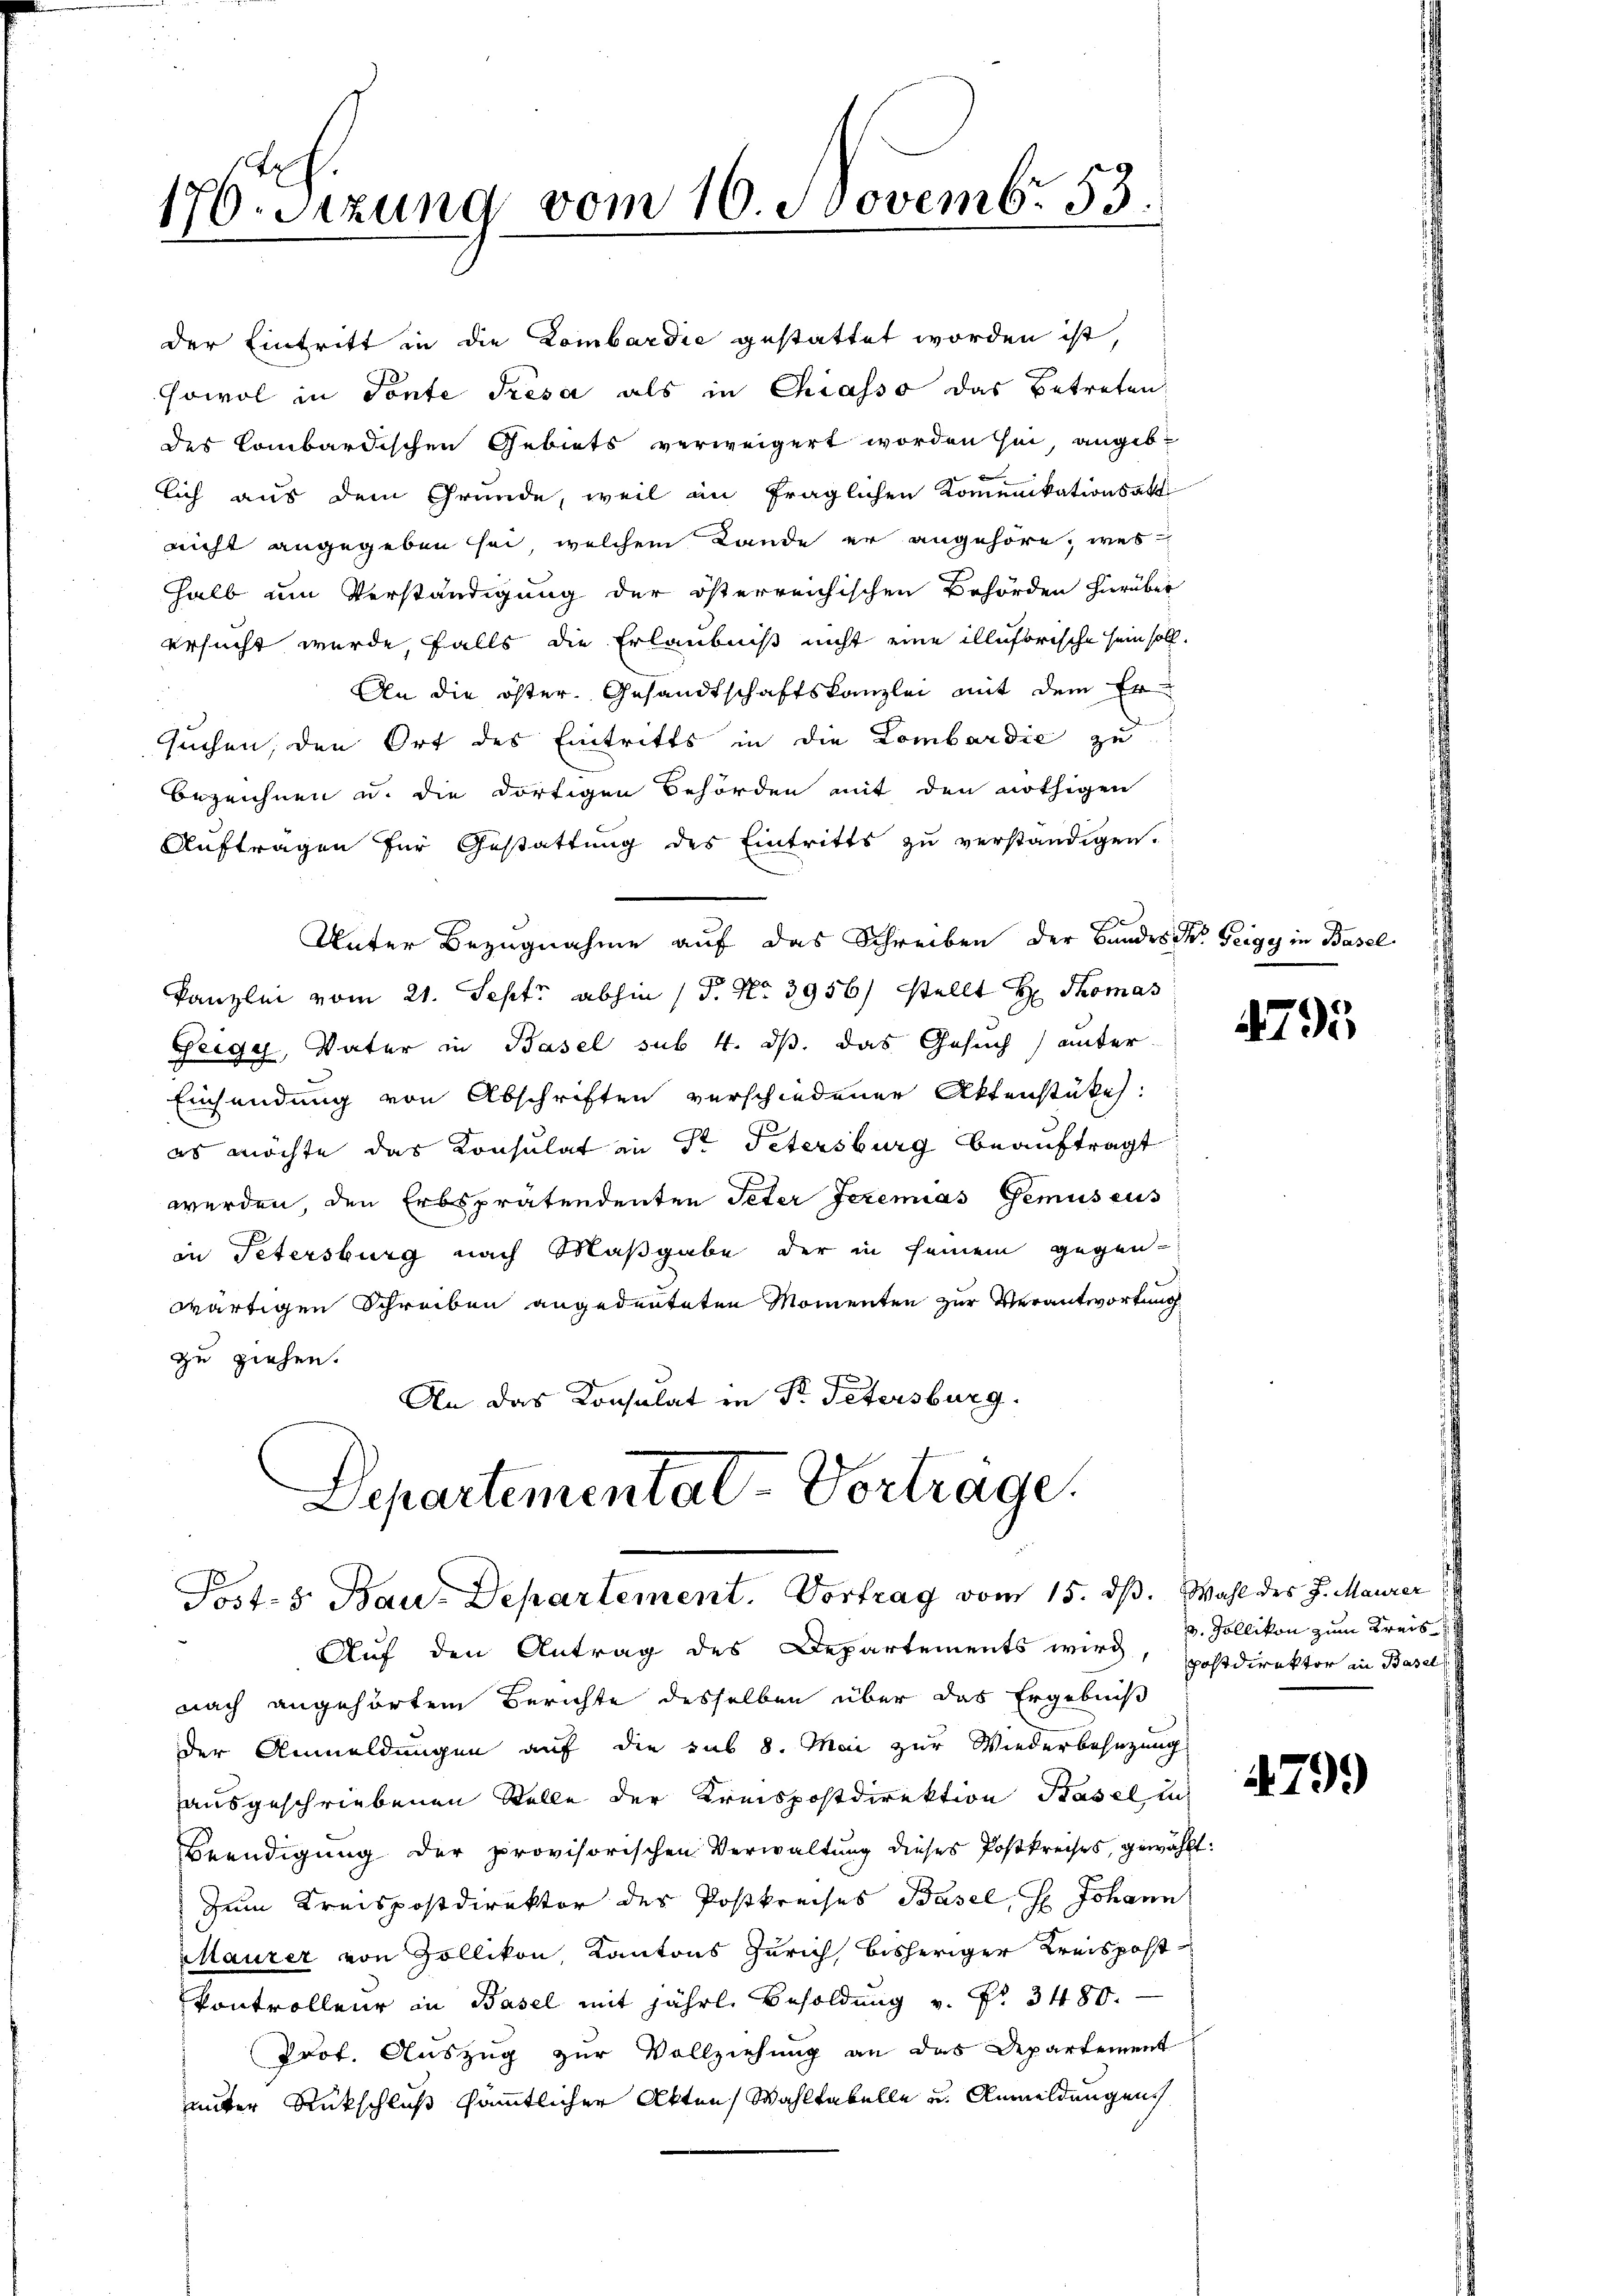
176. Sizung vom 16. Novembr. 53

Departementat-Vortrage.
Post- & Bau-Departement. Vortrag vom 15. dß. Wahl des J. Maurer

der Eintritt in die Lombardie gestattet worden ist,
sowol in Tonte Presa als in Chiasso das betreten,
des Combardischen Gebiets verweigert worden sei, angeblich aus dem Grunde, weil in fraglichen Kommunikationsakt
nicht angegeben sei, welchem Lande er angehöre, wes
halb um Verständigung der österreichischen Behörden hierüber
ersucht wurde, falls die Erlaubniß nicht eine illusorische sein soll.
An die öster. Gesandtschaftskanzlei mit dem Er
suchen, den Ort des Eintritts in die Lombardić zu
bezeichnen u. die dortigen Behörden mit den nöthigen
Auftragen für Gestattung des Eintritts zu verständigen.
Unter Bezugnahme auf das Schreiben der Bandes St. Geigy in Basel
kanzlei vom 21. Sept. abhin (T. No 3956) stellt Hr. Thomas
Geigy, Vater in Basel sub. 4. ds. das Gesuch unter
Einsendung von Abschriften verschiedener Aktenstükes:
es möchte das Konsulat in Sr Petersburg beauftragt
werden, den Erbsprätendenten Peter Jeremias Gemuseus
in Petersburg nach Maßgabe der in seinem gegen-
wärtigen Schreiben angedeuteten Momenten zur Verantwortung
zu ziehen.
An das Konsulat in Dr. Petersburg.

Auf den Antrag des Departements wird, postdirektor in Basels

nach angehörtem Berichte desselben über das Ergebniß
der Anmeldungen auf die sub 8. Mai zur Wiederbesezung
ausgeschriebenen Stelle der Kreispostdirektion Basel in
Beendigung der provisorischen Verwaltŭng dieses Postkreises, gewählt:
Zum Kreispostdirektor der Postkreises Basel, H. Johann
Maurer von Zollikon, Kantons Zürich bisheriger Kreispost
kontrolleur in Basel mit jährl. Besoldung v. Pr. 3480.
Prot. Auszug zur Vollziehung an das Departement
unter Rückschluß sämmtlicher Akten Wahltabelle u. Anmeldungen

4795

v. Zollikon zum Kreis

4799)